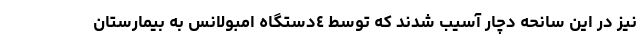
نیز در این سانحه دچار آسیب شدند که توسط ٤دستگاه امبولانس به بیمارستان